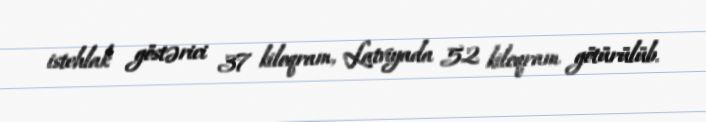
istehlak göstərici 37 kiloqram, Latviyada 52 kiloqram götürülüb.